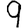
Digit: 9